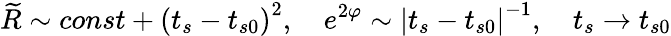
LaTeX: \widetilde{R}\sim const+\left(t_{s}-t_{s0}\right)^{2},\quad e^{2\varphi}\sim\left|t_{s}-t_{s0}\right|^{-1},\quad t_{s}\rightarrow t_{s0}